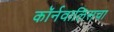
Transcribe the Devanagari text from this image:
कॉर्नवालिसचा